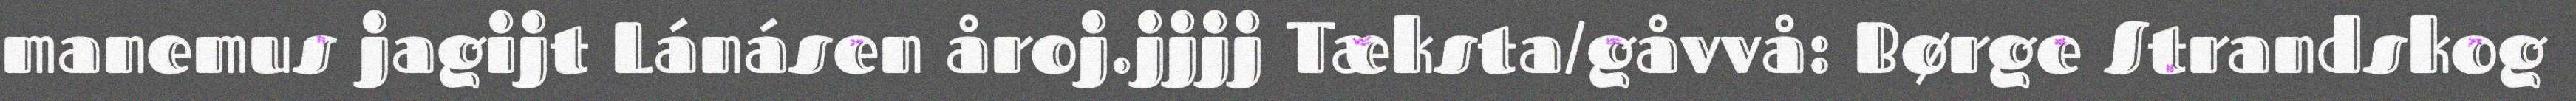
manemus jagijt Lánásen åroj.jjjj Tæksta/gåvvå: Børge Strandskog